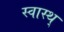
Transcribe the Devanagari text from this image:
स्वास्थ्